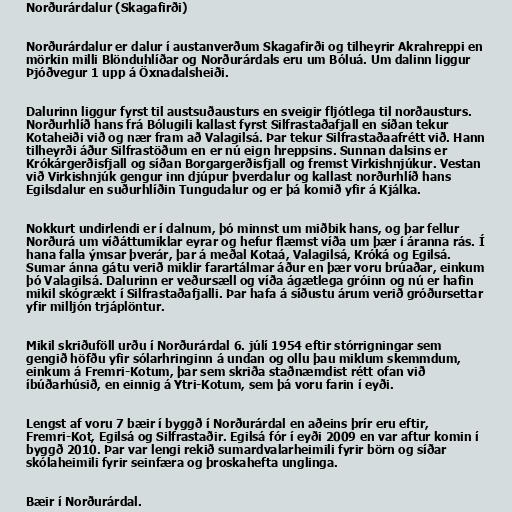
Norðurárdalur (Skagafirði)

Norðurárdalur er dalur í austanverðum Skagafirði og tilheyrir Akrahreppi en
mörkin milli Blönduhlíðar og Norðurárdals eru um Bóluá. Um dalinn liggur
Þjóðvegur 1 upp á Öxnadalsheiði.

Dalurinn liggur fyrst til austsuðausturs en sveigir fljótlega til norðausturs.
Norðurhlíð hans frá Bólugili kallast fyrst Silfrastaðafjall en síðan tekur
Kotaheiði við og nær fram að Valagilsá. Þar tekur Silfrastaðaafrétt við. Hann
tilheyrði áður Silfrastöðum en er nú eign hreppsins. Sunnan dalsins er
Krókárgerðisfjall og síðan Borgargerðisfjall og fremst Virkishnjúkur. Vestan
við Virkishnjúk gengur inn djúpur þverdalur og kallast norðurhlíð hans
Egilsdalur en suðurhlíðin Tungudalur og er þá komið yfir á Kjálka.

Nokkurt undirlendi er í dalnum, þó minnst um miðbik hans, og þar fellur
Norðurá um víðáttumiklar eyrar og hefur flæmst víða um þær í áranna rás. Í
hana falla ýmsar þverár, þar á meðal Kotaá, Valagilsá, Króká og Egilsá.
Sumar ánna gátu verið miklir farartálmar áður en þær voru brúaðar, einkum
þó Valagilsá. Dalurinn er veðursæll og víða ágætlega gróinn og nú er hafin
mikil skógrækt í Silfrastaðafjalli. Þar hafa á síðustu árum verið gróðursettar
yfir milljón trjáplöntur.

Mikil skriðuföll urðu í Norðurárdal 6. júlí 1954 eftir stórrigningar sem
gengið höfðu yfir sólarhringinn á undan og ollu þau miklum skemmdum,
einkum á Fremri-Kotum, þar sem skriða staðnæmdist rétt ofan við
íbúðarhúsið, en einnig á Ytri-Kotum, sem þá voru farin í eyði.

Lengst af voru 7 bæir í byggð í Norðurárdal en aðeins þrír eru eftir,
Fremri-Kot, Egilsá og Silfrastaðir. Egilsá fór í eyði 2009 en var aftur komin í
byggð 2010. Þar var lengi rekið sumardvalarheimili fyrir börn og síðar
skólaheimili fyrir seinfæra og þroskahefta unglinga.

Bæir í Norðurárdal.